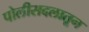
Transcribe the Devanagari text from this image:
पोलीसदलातून